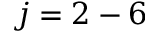
j = 2 - 6